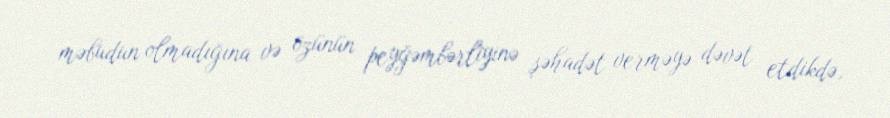
məbudun olmadığına və özünün peyğəmbərliyinə şəhadət verməyə dəvət etdikdə,